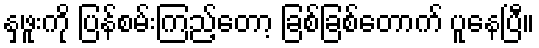
နှဖူးကို ပြန်စမ်းကြည့်တော့ ခြစ်ခြစ်တောက် ပူနေပြီ။